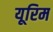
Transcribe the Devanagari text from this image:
यूरिम